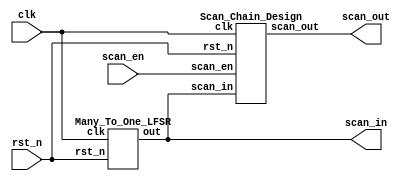
`timescale 1ns/1ps

module Built_In_Self_Test(clk, rst_n, scan_en, scan_in, scan_out);
input clk;
input rst_n;
input scan_en;
output scan_in;
output scan_out;
// wire [3:0]a,b;
// wire [7:0]mul_out;

    Many_To_One_LFSR LFSR(.clk(clk), .rst_n(rst_n), .out(scan_in));
    Scan_Chain_Design Chain(.clk(clk), .rst_n(rst_n), .scan_in(scan_in), .scan_en(scan_en), .scan_out(scan_out));

endmodule


module Scan_Chain_Design(clk, rst_n, scan_in, scan_en, scan_out);
input clk;
input rst_n;
input scan_in;
input scan_en;
output scan_out;

wire [3:0] a, b;
wire [8-1:0] mul_out;


    Multiplier mul(.a(a), .b(b), .out(mul_out));
    SDFF dff0( .clk(clk), .rst_n(rst_n), .scan_in(scan_in), .scan_en(scan_en), .data(mul_out[7]), .out(a[3]) );
    SDFF dff1( .clk(clk), .rst_n(rst_n), .scan_in(a[3]), .scan_en(scan_en), .data(mul_out[6]), .out(a[2]) );
    SDFF dff2( .clk(clk), .rst_n(rst_n), .scan_in(a[2]), .scan_en(scan_en), .data(mul_out[5]), .out(a[1]) );
    SDFF dff3( .clk(clk), .rst_n(rst_n), .scan_in(a[1]), .scan_en(scan_en), .data(mul_out[4]), .out(a[0]) );
    SDFF dff4( .clk(clk), .rst_n(rst_n), .scan_in(a[0]), .scan_en(scan_en), .data(mul_out[3]), .out(b[3]) );
    SDFF dff5( .clk(clk), .rst_n(rst_n), .scan_in(b[3]), .scan_en(scan_en), .data(mul_out[2]), .out(b[2]) );
    SDFF dff6( .clk(clk), .rst_n(rst_n), .scan_in(b[2]), .scan_en(scan_en), .data(mul_out[1]), .out(b[1]) );
    SDFF dff7( .clk(clk), .rst_n(rst_n), .scan_in(b[1]), .scan_en(scan_en), .data(mul_out[0]), .out(b[0]) );


    assign scan_out = b[0];

endmodule

module Multiplier (a, b, out);
input [4-1:0] a, b;
output [8-1:0] out;
    assign out = a*b;
endmodule


module SDFF (clk, rst_n, scan_in, scan_en, data, out);
input clk, rst_n, scan_in, scan_en, data;
output reg out;

    always@(posedge clk) begin
        if(!rst_n) begin
            out <= 1'b0;
        end
        else begin
            if(scan_en == 1'b1) begin
                out <= scan_in;
            end
            else begin
                out <= data;
            end
        end
    end


endmodule



module Many_To_One_LFSR(clk, rst_n, out);
input clk;
input rst_n;
output out;
reg [7:0] dff;
reg xor12, xor37, xorf;


    always @(posedge clk)begin
        if(rst_n == 1'b0)begin
            dff <= 8'b10111101; 
        end
        else begin
            dff[7:1] <= dff[6:0];
            dff[0] <= xorf;
        end
    end

    always @(*) begin
        xor12 = (dff[1] & ~dff[2])|(~dff[1] & dff[2]);
        xor37 = (dff[3] & ~dff[7])|(~dff[3] & dff[7]);
        xorf = (xor12 & ~xor37)|(~xor12 & xor37);
    end

    assign out = dff[7];

    
endmodule